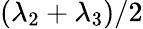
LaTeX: (\lambda_{2}+\lambda_{3})/2